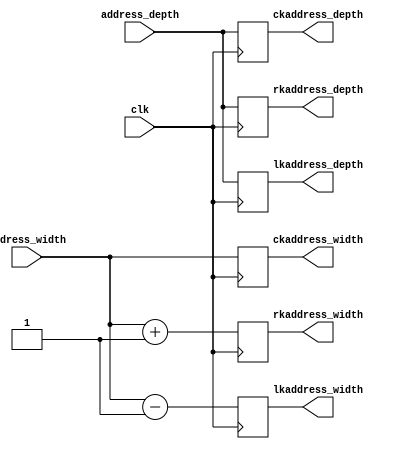
module kernel_lroperator (
	input  [0:2] address_width,
	input  [0:2] address_depth,
	input clk,
	output reg [0:2] rkaddress_width,
	output reg [0:2] rkaddress_depth,
	output reg [0:2] lkaddress_width,
	output reg [0:2] lkaddress_depth,
	output reg [0:2] ckaddress_width,
	output reg [0:2] ckaddress_depth
);

   	always @(posedge clk) begin

		rkaddress_width <= address_width + 1;
		rkaddress_depth <= address_depth;
		lkaddress_width <= address_width - 1;
		lkaddress_depth <= address_depth;
		ckaddress_width <= address_width;
		ckaddress_depth <= address_depth;
	end 
	endmodule